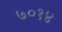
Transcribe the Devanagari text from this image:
७०१४